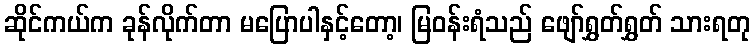
ဆိုင်ကယ်က ခုန်လိုက်တာ မပြောပါနှင့်တော့၊ မြဝန်းရံသည် ဖျော်ရွှတ်ရွှတ် သားရတု